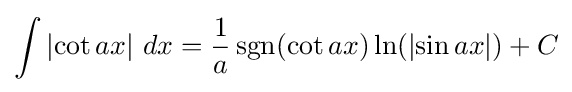
\int \left|\cot {ax}\right|\,dx={\frac {1}{a}}\operatorname {sgn} (\cot {ax})\ln(\left|\sin {ax}\right|)+C